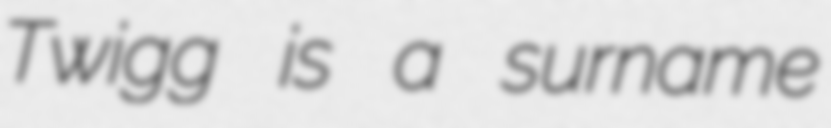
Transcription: Twigg is a surname